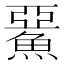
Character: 𩸖